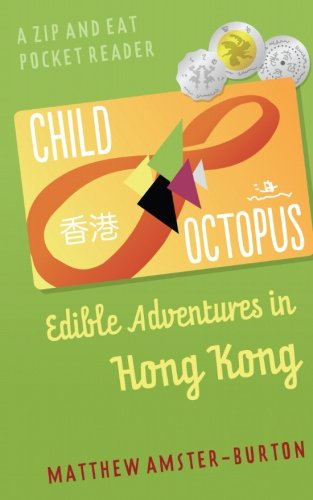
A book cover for Child Octopus: Edible Adventures in Hong Kong (Zip and Eat Pocket Reader) (Volume 1); Matthew Amster-Burton; Travel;